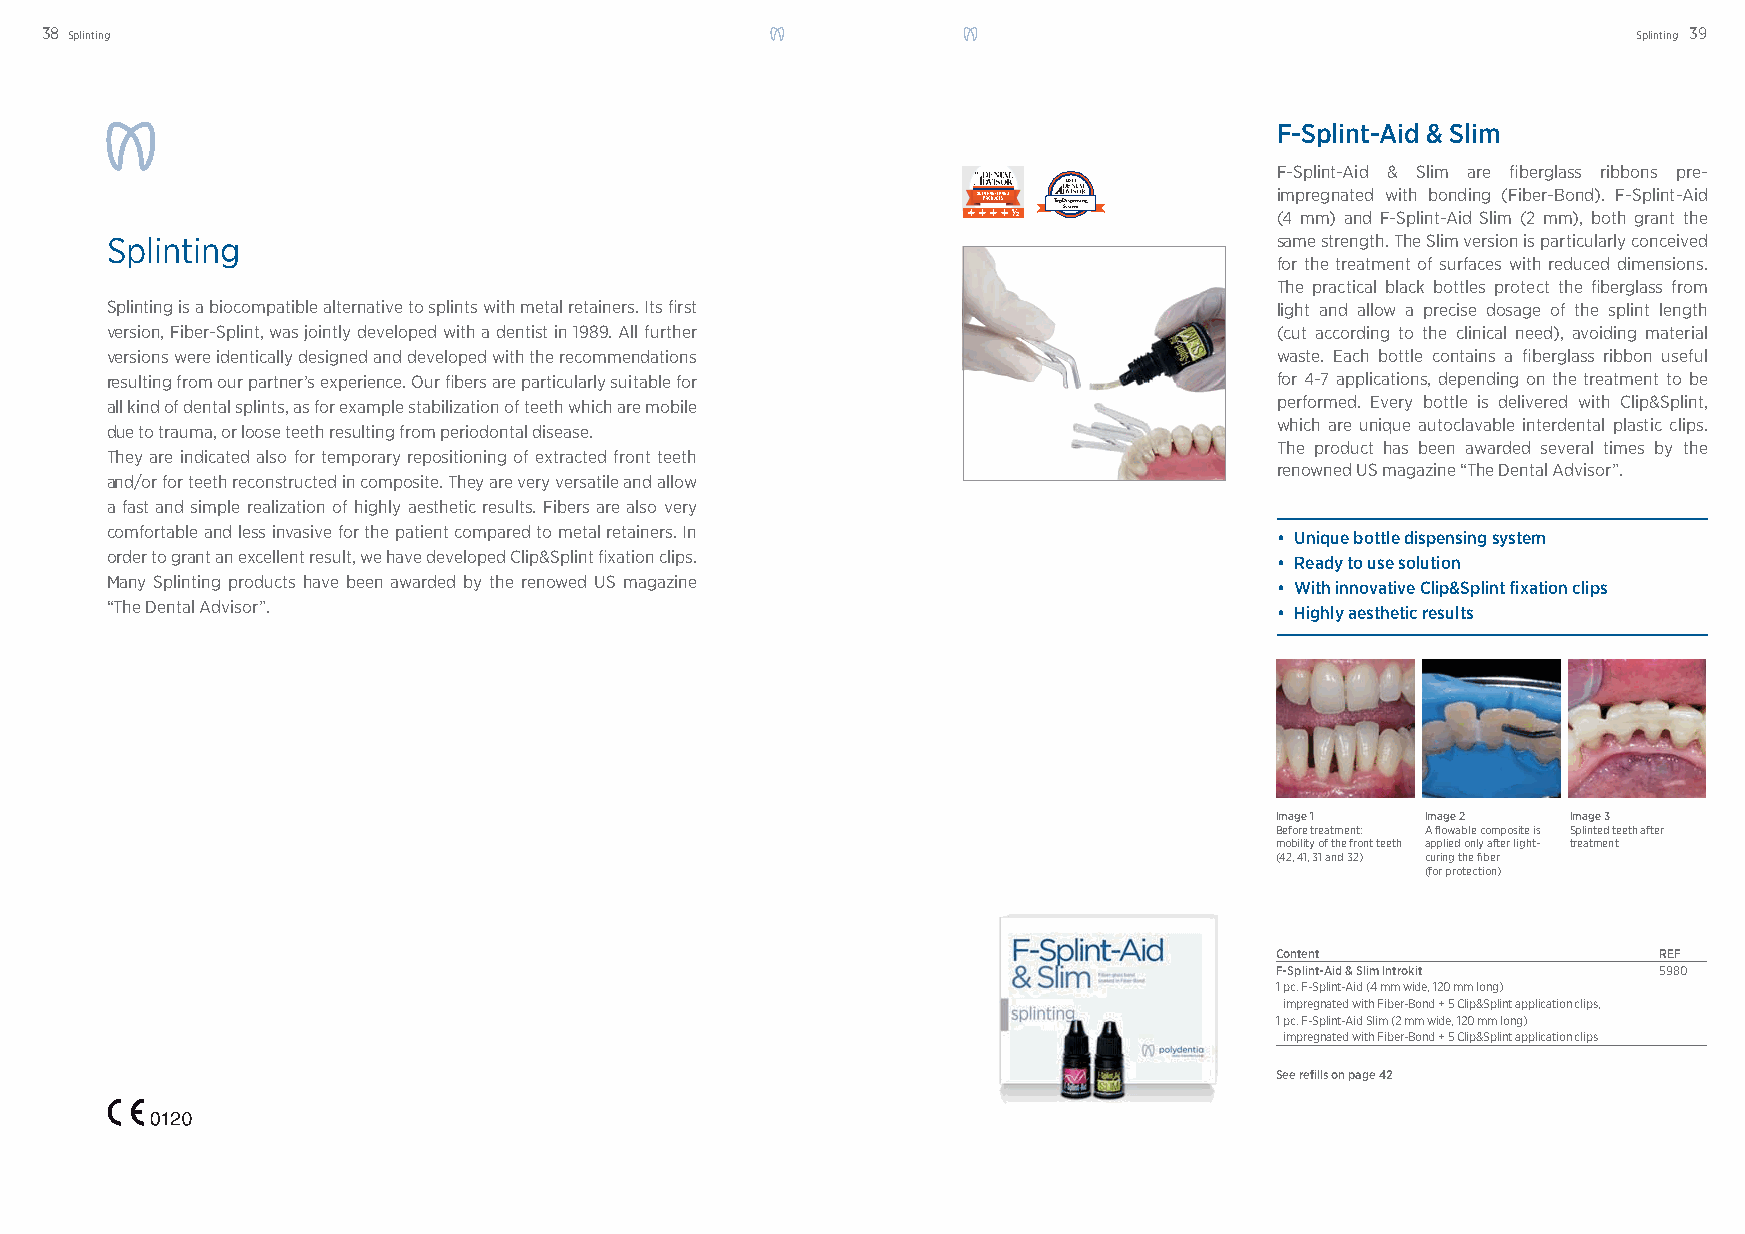
38 Splinting                                                                                             Splinting 39
 F-Splint-Aid & Slim
 F-Splint-Aid & Slim are fi berglass ribbons pre-
 2011
 impregnated with bonding (Fiber-Bond). F-Splint-Aid
 Top Dispensing
 System        (4 mm) and F-Splint-Aid Slim (2 mm), both grant the
 Splinting                                                                    same strength. The Slim version is particularly conceived
 for the treatment of surfaces with reduced dimensions.
 The practical black bottles protect the fi berglass from
 Splinting is a biocompatible alternative to splints with metal retainers. Its fi rst light and allow a precise dosage of the splint length
 version, Fiber-Splint, was jointly developed with a dentist in 1989. All further (cut according to the clinical need), avoiding material
 versions were identically designed and developed with the recommendations    waste. Each bottle contains a fi berglass ribbon useful
 resulting from our partner’s experience. Our fi bers are particularly suitable for for 4-7 applications, depending on the treatment to be
 all kind of dental splints, as for example stabilization of teeth which are mobile performed. Every bottle is delivered with Clip&Splint,
 which are unique autoclavable interdental plastic clips.
 due to trauma, or loose teeth resulting from periodontal disease.
 The product has been awarded several times by the
 They are indicated also for temporary repositioning of extracted front teeth
 renowned US magazine “The Dental Advisor”.
 and/or for teeth reconstructed in composite. They are very versatile and allow
 a fast and simple realization of highly aesthetic results. Fibers are also very
 comfortable and less invasive for the patient compared to metal retainers. In
 • Unique bottle dispensing system
 order to grant an excellent result, we have developed Clip&Splint fi xation clips.
 • Ready to use solution
 Many Splinting products have been awarded by the renowed US magazine
 • With innovative Clip&Splint fixation clips
 “The Dental Advisor”.
 • Highly aesthetic results
 Image 1   Image 2   Image 3
 Before treatment: A fl owable composite is Splinted teeth after
 mobility of the front teeth applied only after light- treatment
 (42, 41, 31 and 32) curing the fi ber
 (for protection)
 Content                   REF
 F-Splint-Aid & Slim Introkit 5980
 1 pc. F-Splint-Aid (4 mm wide, 120 mm long)
 impregnated with Fiber-Bond + 5 Clip&Splint application clips,
 1 pc. F-Splint-Aid Slim (2 mm wide, 120 mm long)
 impregnated with Fiber-Bond + 5 Clip&Splint application clips
 See refi lls on page 42